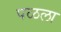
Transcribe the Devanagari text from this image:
पळला